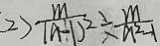
2 > \frac { m } { ( n - 1 ) ^ { 2 } } \div \frac { m } { n ^ { 2 } - 1 }